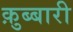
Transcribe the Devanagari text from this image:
क़ुब्बारी